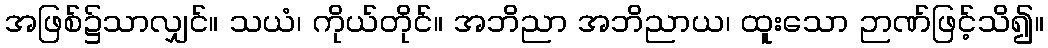
အဖြစ်၌သာလျှင်။ သယံ၊ ကိုယ်တိုင်။ အဘိညာ အဘိညာယ၊ ထူးသော ဉာဏ်ဖြင့်သိ၍။